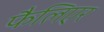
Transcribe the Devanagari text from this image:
फैलिएर